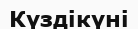
Күздікүні